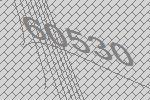
60530